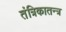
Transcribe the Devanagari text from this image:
तंत्रिकातन्त्र